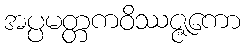
အပ္ပမတ္တကဝိဿဇ္ဇကော